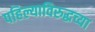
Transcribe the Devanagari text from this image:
पहिल्याविरुद्धच्या